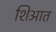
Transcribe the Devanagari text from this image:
शिआत